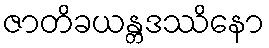
ဇာတိခယန္တဒဿိနော